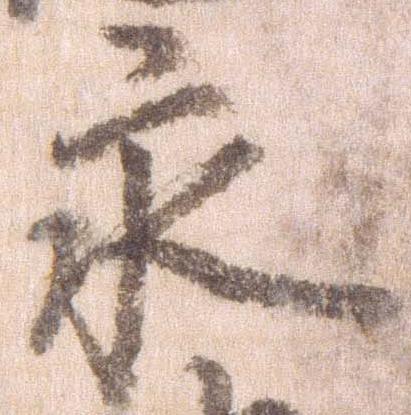
永